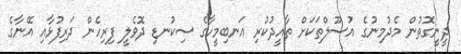
ދީނީގޮތުން މެދުމިނުގެ އުސޫލްތަކަށް ތާއީދުކުރި އަނބިމީހާގެ ސިކުނޑި ދޮވެލީ ފިރިހެން ދަރިފުޅާއި އޭނާގެ